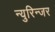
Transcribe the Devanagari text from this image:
न्युरिन्जर